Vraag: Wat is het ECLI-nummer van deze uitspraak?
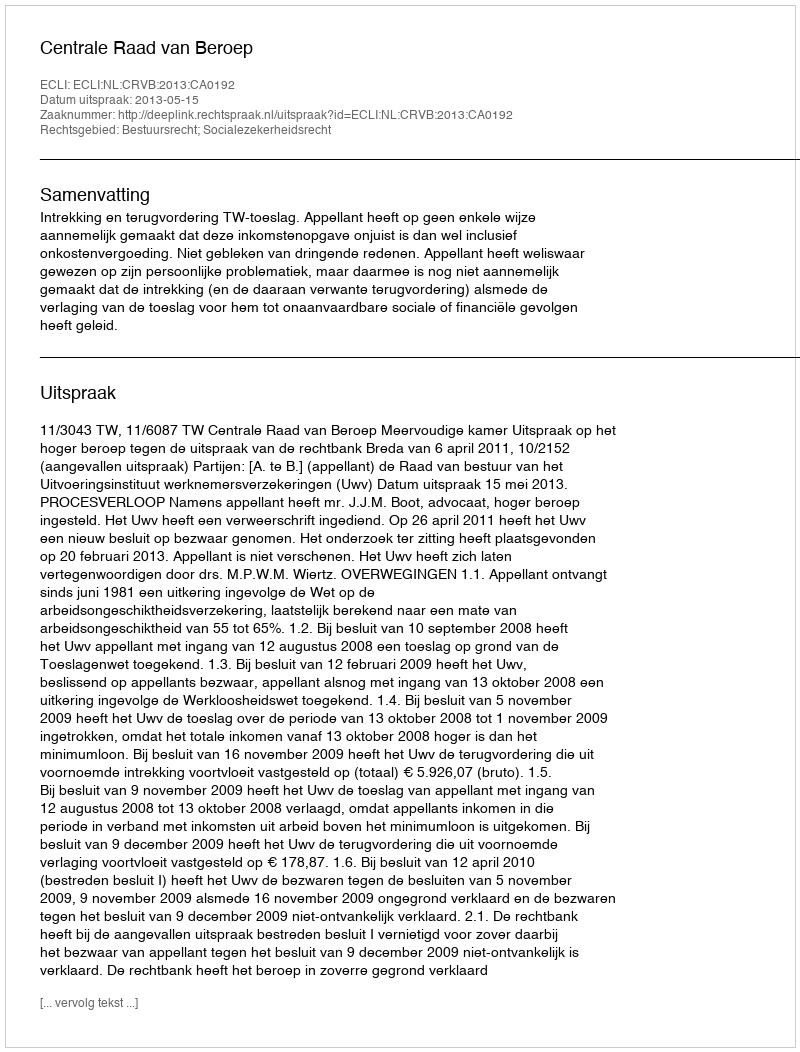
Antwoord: ECLI:NL:CRVB:2013:CA0192